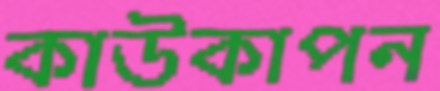
কাউকাপন